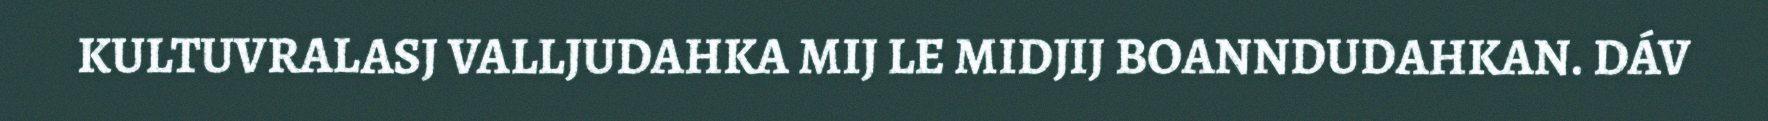
KULTUVRALASJ VALLJUDAHKA MIJ LE MIDJIJ BOANNDUDAHKAN. DÁV